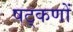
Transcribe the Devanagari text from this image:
षट्‌कणों